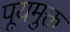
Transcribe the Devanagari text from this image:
पूयमुक्त